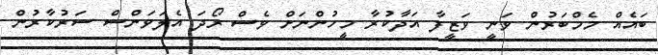
ބައެއް މެމްބަރުން ވަނީ ވަޒީފާ އަދާކުރާ މީހުންނަށް ވެސް ރޯދަ އެލަވަންސް ސަރުކާރުން